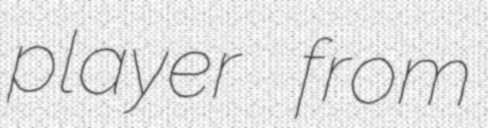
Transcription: player from